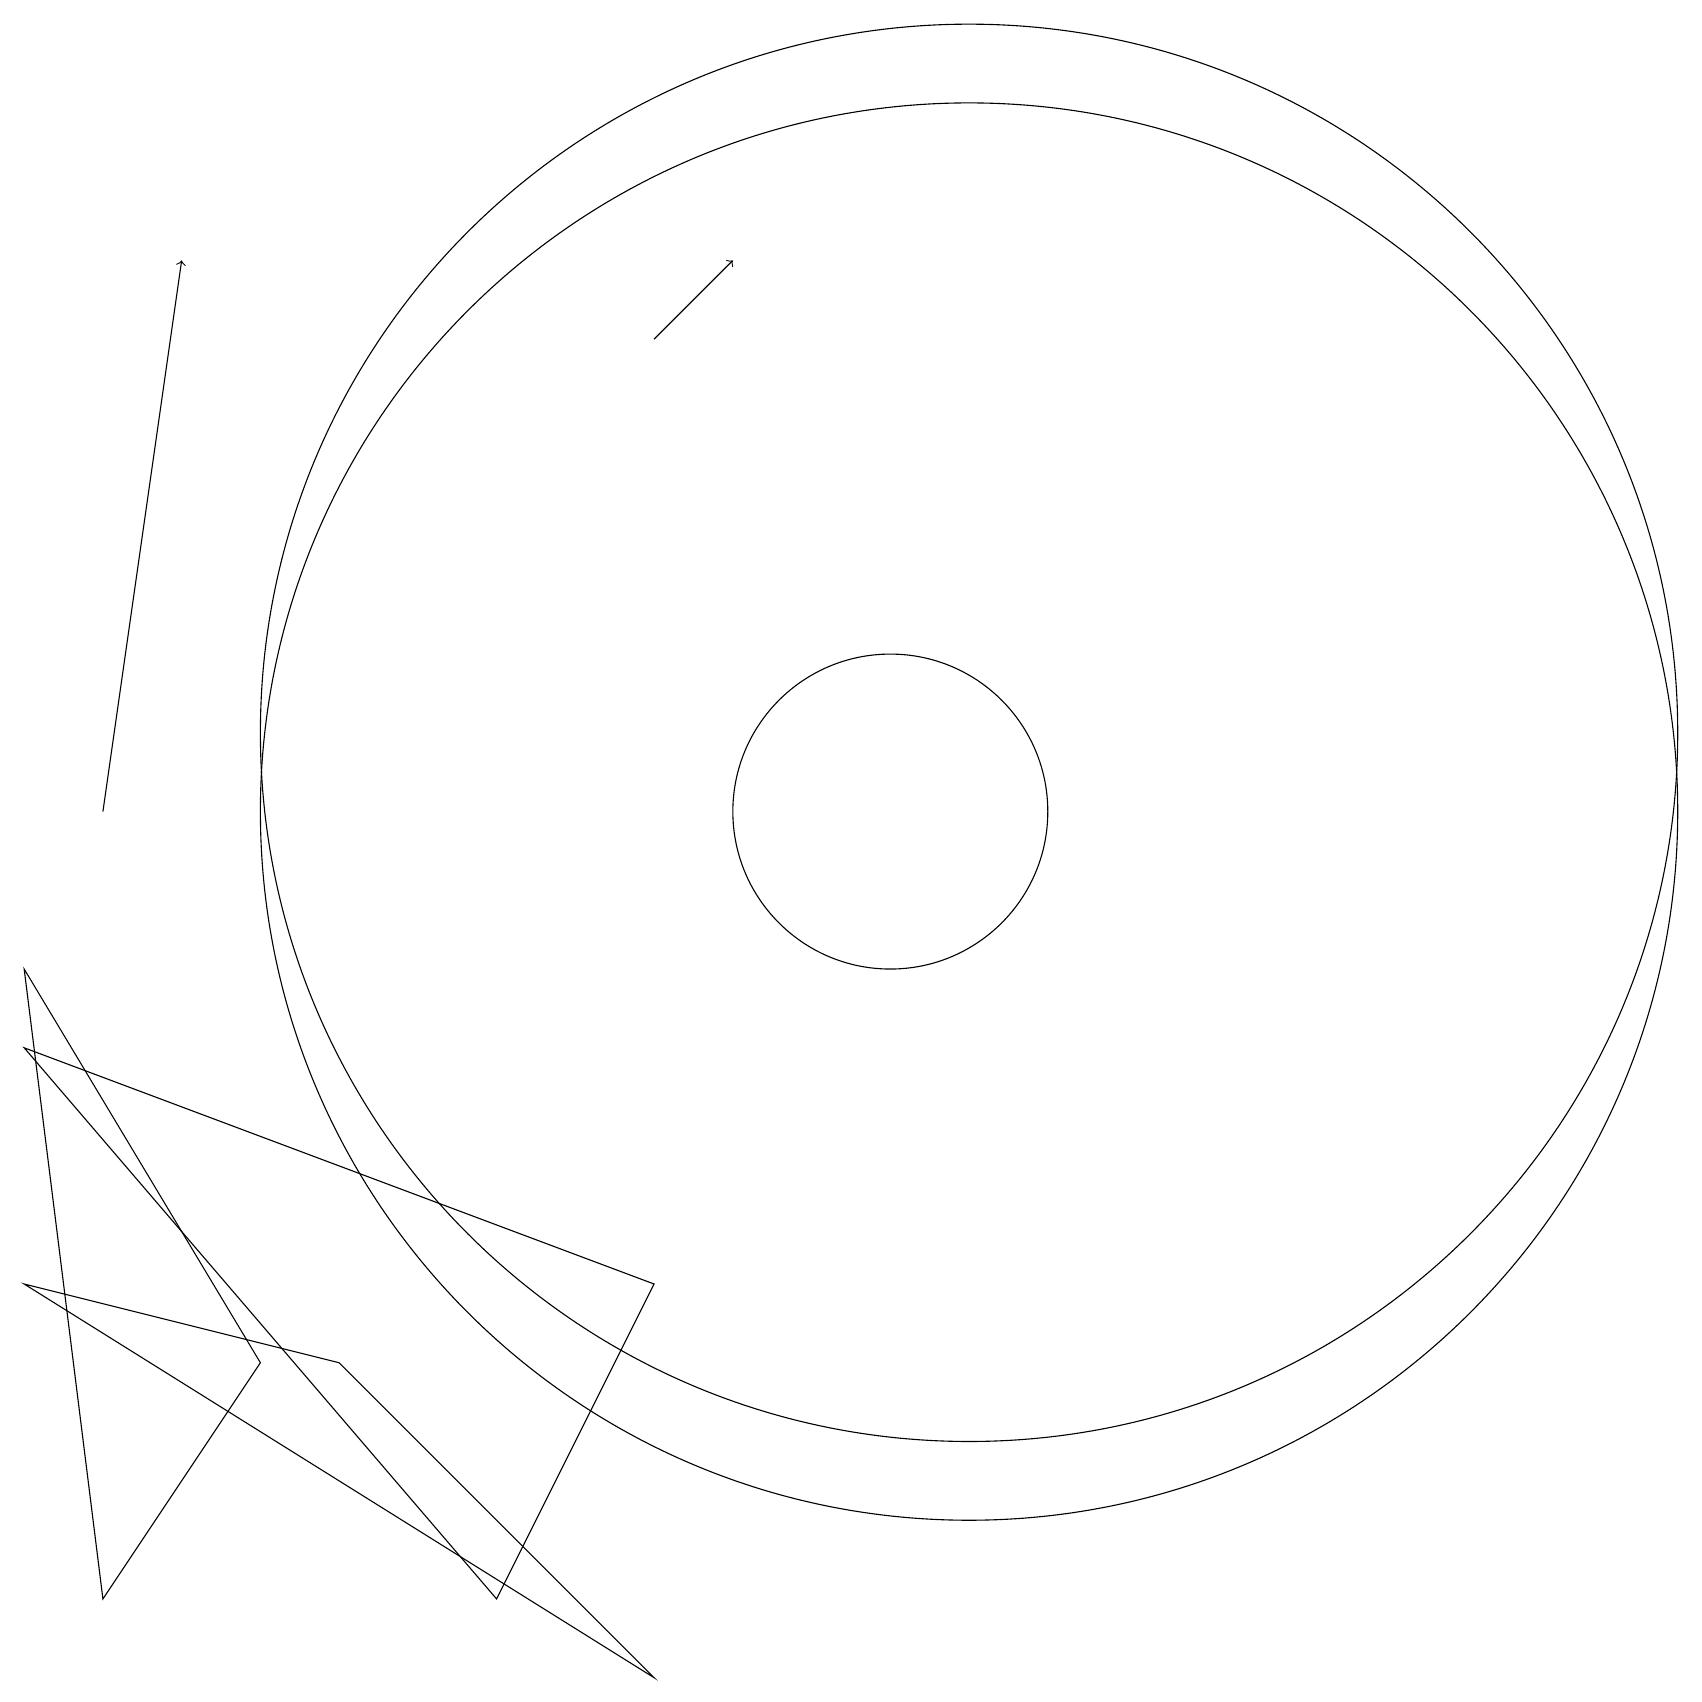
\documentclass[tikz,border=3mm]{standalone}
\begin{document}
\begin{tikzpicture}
\draw (0,8) -- (8,5) -- (6,1) -- cycle;
\draw[->] (8,17) -- (9,18);
\draw (12,11) circle (9);
\draw (3,4) -- (1,1) -- (0,9) -- cycle;
\draw[->] (1,11) -- (2,18);
\draw (11,11) circle (2);
\draw (12,12) circle (9);
\draw (4,4) -- (0,5) -- (8,0) -- cycle;
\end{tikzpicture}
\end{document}